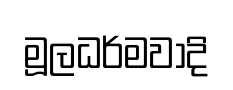
මූලධර්මවාදි